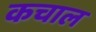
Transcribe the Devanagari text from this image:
कचाल